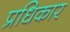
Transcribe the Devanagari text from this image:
प्रधिकार